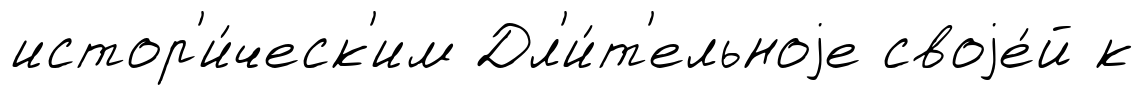
истор'и́ческ'им Дл'и́т'ельноjе своjе́й к